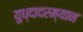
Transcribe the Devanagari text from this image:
युध्दादरम्यान